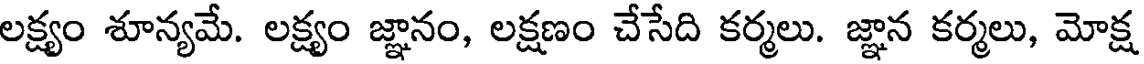
లక్ష్యం శూన్యమే. లక్ష్యం జ్ఞానం, లక్షణం చేసేది కర్మలు. జ్ఞాన కర్మలు, మోక్ష